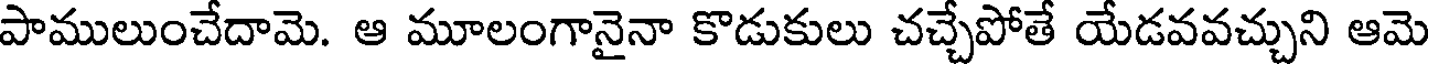
పాములుంచేదామె. ఆ మూలంగానైనా కొడుకులు చచ్చేపోతే యేడవవచ్చుని ఆమె